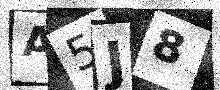
Text: A5J8